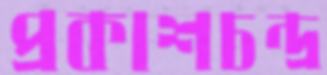
প্রকাশচন্দ্র